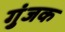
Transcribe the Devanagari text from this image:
गुंजक